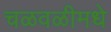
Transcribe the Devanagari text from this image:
चळवळीमधे